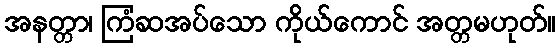
အနတ္တာ၊ ကြံဆအပ်သော ကိုယ်ကောင် အတ္တမဟုတ်။